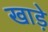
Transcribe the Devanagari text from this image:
खाड़े